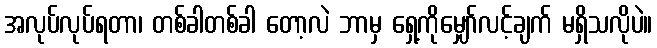
အလုပ်လုပ်ရတာ၊ တစ်ခါတစ်ခါ တော့လဲ ဘာမှ ရှေ့ကိုမျှော်လင့်ချက် မရှိသလိုပဲ။